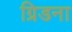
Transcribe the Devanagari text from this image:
ग्रिडना